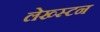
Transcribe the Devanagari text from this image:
लेख्स्टन